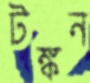
টঙ্কন